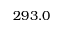
2 9 3 . 0